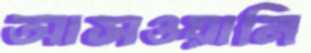
আসওয়ানি